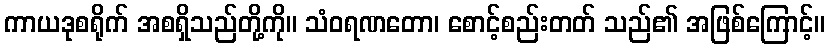
ကာယဒုစရိုက် အစရှိသည်တို့ကို။ သံဝရဏတော၊ စောင့်စည်းတတ် သည်၏ အဖြစ်ကြောင့်။